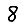
Digit: 8